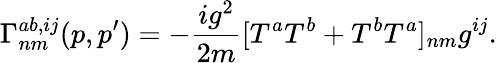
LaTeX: \Gamma_{nm}^{ab,ij}(p,p^{\prime})=-\frac{ig^{2}}{2m}[T^{a}T^{b}+T^{b}T^{a}]_{nm}g^{ij}.